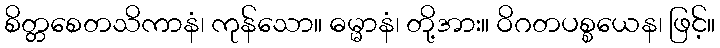
စိတ္တစေတသိကာနံ၊ ကုန်သော။ ဓမ္မာနံ၊ တို့အား။ ဝိဂတပစ္စယေန၊ ဖြင့်။